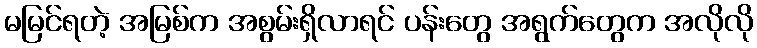
မမြင်ရတဲ့ အမြစ်က အစွမ်းရှိလာရင် ပန်းတွေ အရွက်တွေက အလိုလို